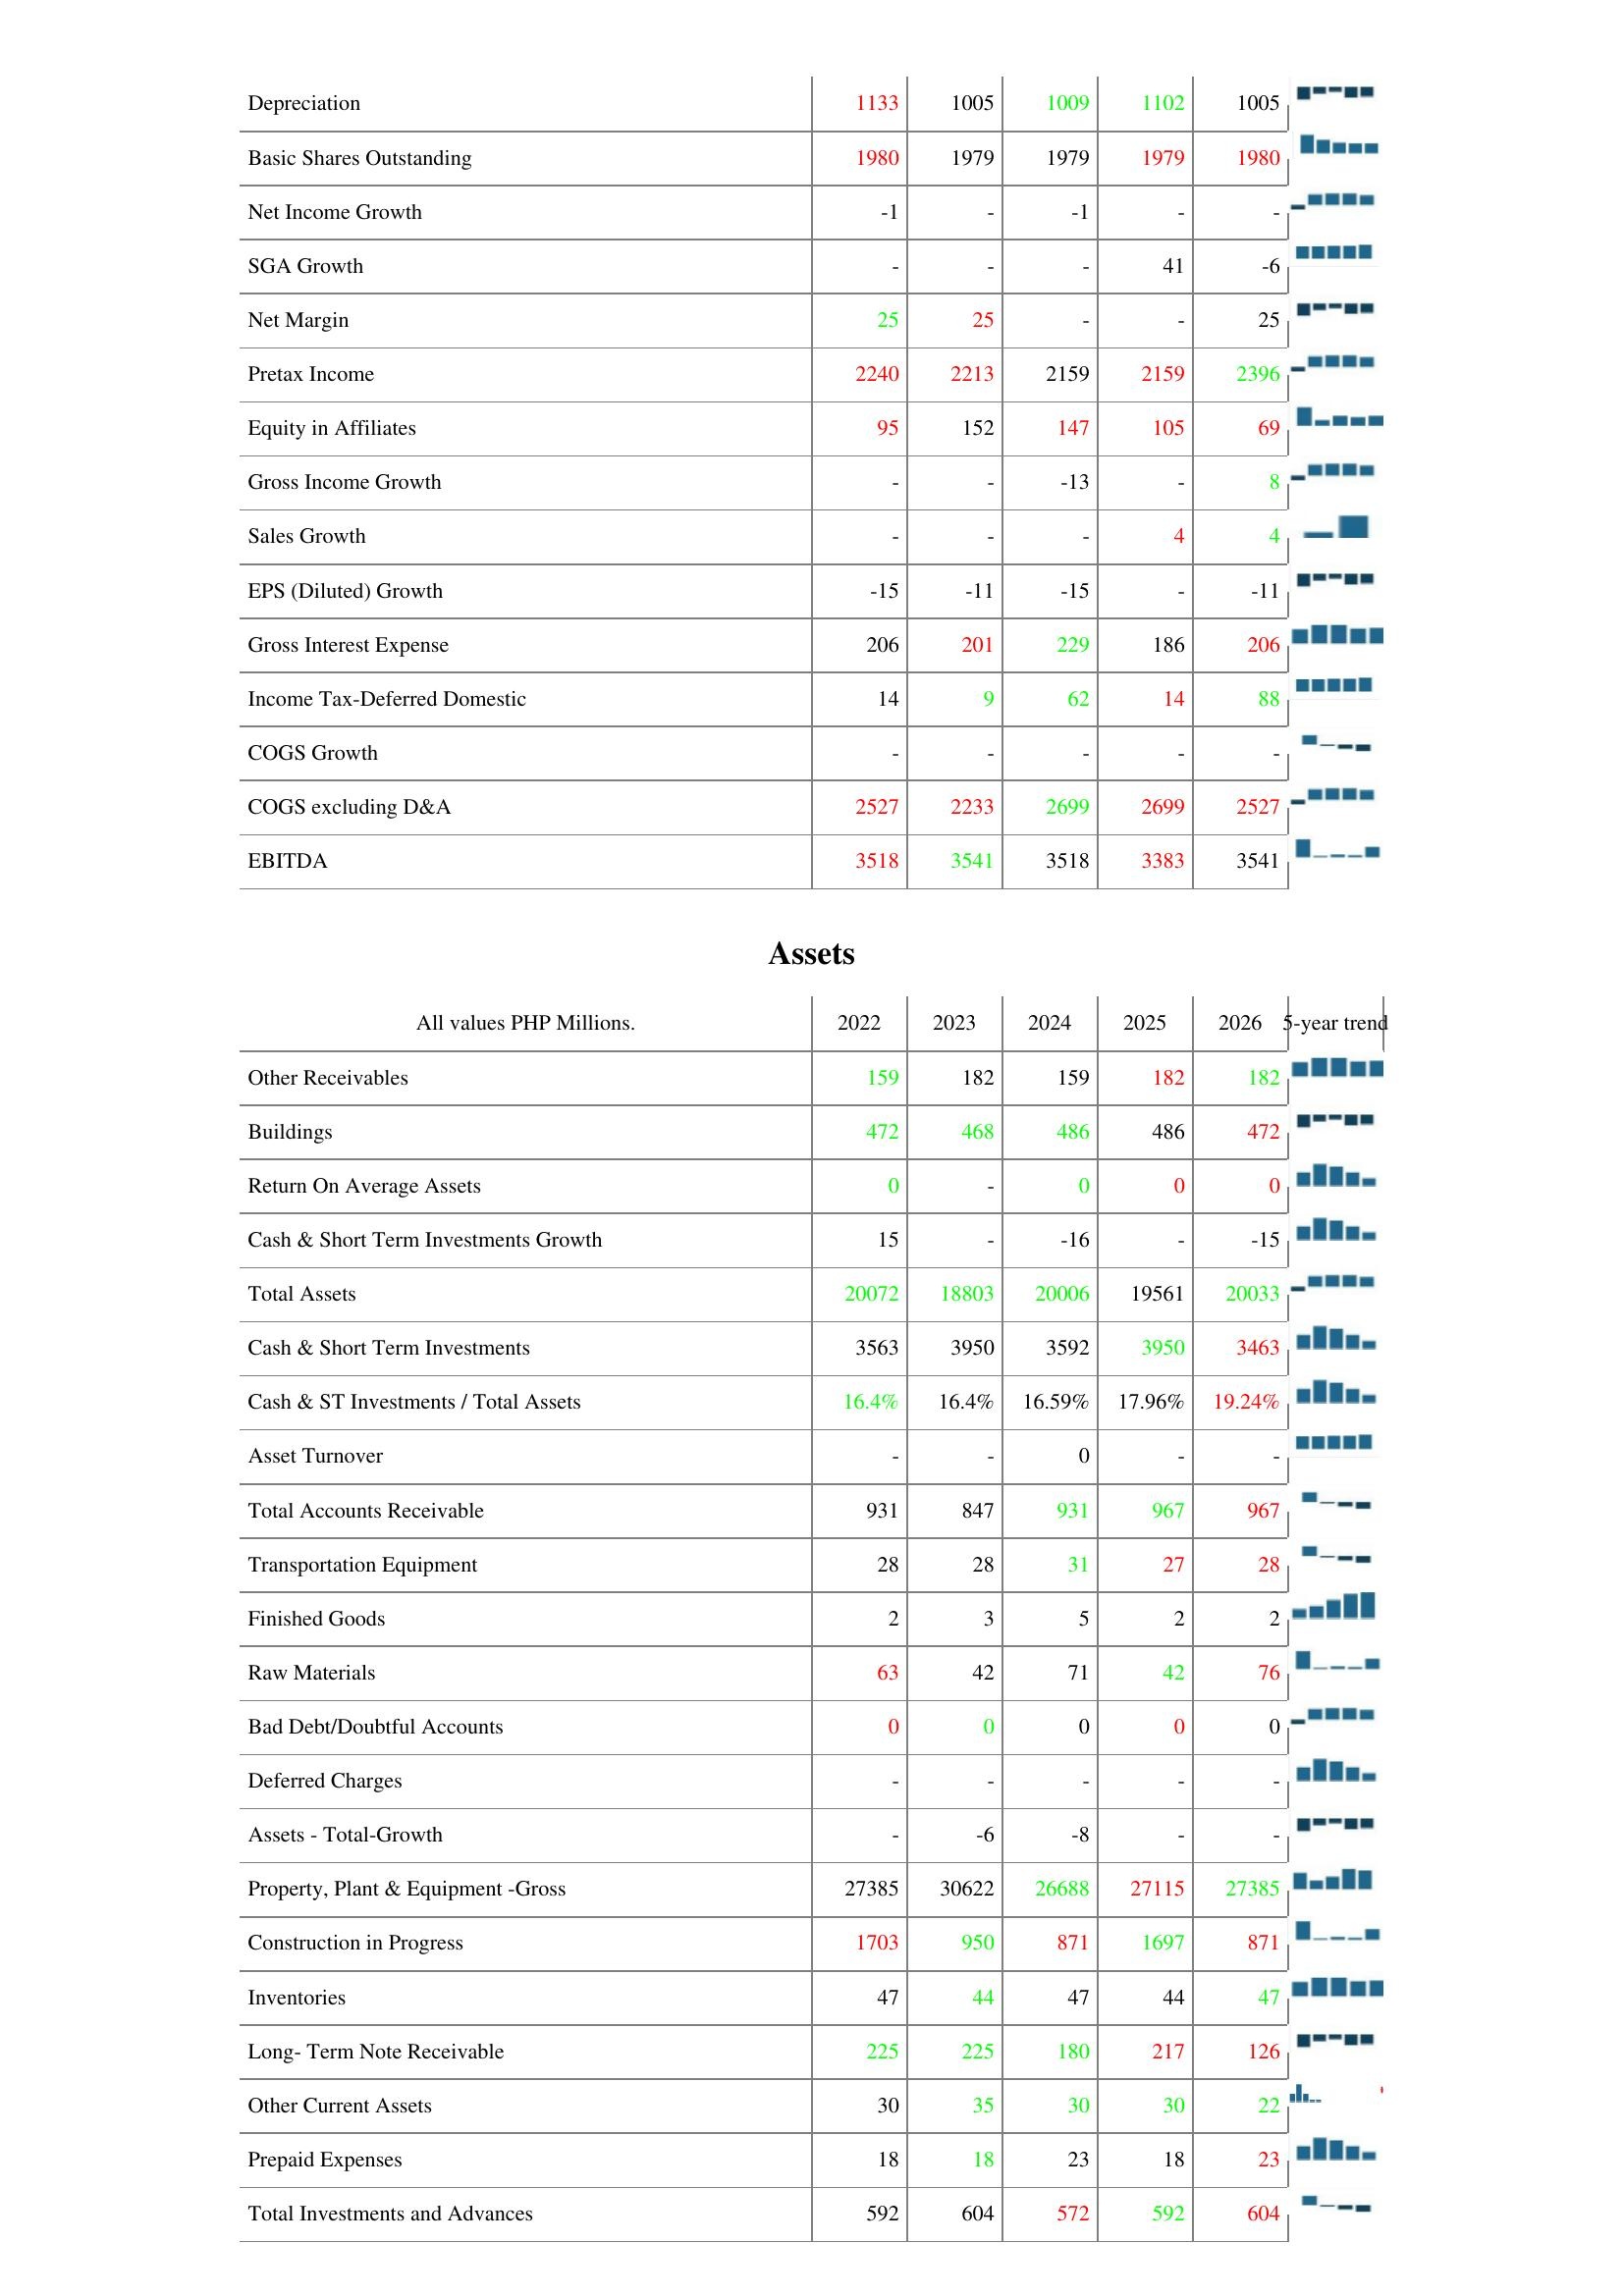
2022: : Depreciation: 1133
Basic Shares Outstanding: 1980
Net Income Growth: -1
SGA Growth: -
Net Margin: 25
Pretax Income: 2240
Equity in Affiliates: 95
Gross Income Growth: -
Sales Growth: -
EPS (Diluted) Growth: -15
Gross Interest Expense: 206
Income Tax-Deferred Domestic: 14
COGS Growth: -
COGS excluding D&A: 2527
EBITDA: 3518
Assets: Other Receivables: 159
Buildings: 472
Return On Average Assets: 0
Cash & Short Term Investments Growth: 15
Total Assets: 20072
Cash & Short Term Investments: 3563
Cash & ST Investments / Total Assets: 16.4%
Asset Turnover: -
Total Accounts Receivable: 931
Transportation Equipment: 28
Finished Goods: 2
Raw Materials: 63
Bad Debt/Doubtful Accounts: 0
Deferred Charges: -
Assets - Total-Growth: -
Property, Plant & Equipment -Gross: 27385
Construction in Progress: 1703
Inventories: 47
Long- Term Note Receivable: 225
Other Current Assets: 30
Prepaid Expenses: 18
Total Investments and Advances: 592
2023: : Depreciation: 1005
Basic Shares Outstanding: 1979
Net Income Growth: -
SGA Growth: -
Net Margin: 25
Pretax Income: 2213
Equity in Affiliates: 152
Gross Income Growth: -
Sales Growth: -
EPS (Diluted) Growth: -11
Gross Interest Expense: 201
Income Tax-Deferred Domestic: 9
COGS Growth: -
COGS excluding D&A: 2233
EBITDA: 3541
Assets: Other Receivables: 182
Buildings: 468
Return On Average Assets: -
Cash & Short Term Investments Growth: -
Total Assets: 18803
Cash & Short Term Investments: 3950
Cash & ST Investments / Total Assets: 16.4%
Asset Turnover: -
Total Accounts Receivable: 847
Transportation Equipment: 28
Finished Goods: 3
Raw Materials: 42
Bad Debt/Doubtful Accounts: 0
Deferred Charges: -
Assets - Total-Growth: -6
Property, Plant & Equipment -Gross: 30622
Construction in Progress: 950
Inventories: 44
Long- Term Note Receivable: 225
Other Current Assets: 35
Prepaid Expenses: 18
Total Investments and Advances: 604
2024: : Depreciation: 1009
Basic Shares Outstanding: 1979
Net Income Growth: -1
SGA Growth: -
Net Margin: -
Pretax Income: 2159
Equity in Affiliates: 147
Gross Income Growth: -13
Sales Growth: -
EPS (Diluted) Growth: -15
Gross Interest Expense: 229
Income Tax-Deferred Domestic: 62
COGS Growth: -
COGS excluding D&A: 2699
EBITDA: 3518
Assets: Other Receivables: 159
Buildings: 486
Return On Average Assets: 0
Cash & Short Term Investments Growth: -16
Total Assets: 20006
Cash & Short Term Investments: 3592
Cash & ST Investments / Total Assets: 16.59%
Asset Turnover: 0
Total Accounts Receivable: 931
Transportation Equipment: 31
Finished Goods: 5
Raw Materials: 71
Bad Debt/Doubtful Accounts: 0
Deferred Charges: -
Assets - Total-Growth: -8
Property, Plant & Equipment -Gross: 26688
Construction in Progress: 871
Inventories: 47
Long- Term Note Receivable: 180
Other Current Assets: 30
Prepaid Expenses: 23
Total Investments and Advances: 572
2025: : Depreciation: 1102
Basic Shares Outstanding: 1979
Net Income Growth: -
SGA Growth: 41
Net Margin: -
Pretax Income: 2159
Equity in Affiliates: 105
Gross Income Growth: -
Sales Growth: 4
EPS (Diluted) Growth: -
Gross Interest Expense: 186
Income Tax-Deferred Domestic: 14
COGS Growth: -
COGS excluding D&A: 2699
EBITDA: 3383
Assets: Other Receivables: 182
Buildings: 486
Return On Average Assets: 0
Cash & Short Term Investments Growth: -
Total Assets: 19561
Cash & Short Term Investments: 3950
Cash & ST Investments / Total Assets: 17.96%
Asset Turnover: -
Total Accounts Receivable: 967
Transportation Equipment: 27
Finished Goods: 2
Raw Materials: 42
Bad Debt/Doubtful Accounts: 0
Deferred Charges: -
Assets - Total-Growth: -
Property, Plant & Equipment -Gross: 27115
Construction in Progress: 1697
Inventories: 44
Long- Term Note Receivable: 217
Other Current Assets: 30
Prepaid Expenses: 18
Total Investments and Advances: 592
2026: : Depreciation: 1005
Basic Shares Outstanding: 1980
Net Income Growth: -
SGA Growth: -6
Net Margin: 25
Pretax Income: 2396
Equity in Affiliates: 69
Gross Income Growth: 8
Sales Growth: 4
EPS (Diluted) Growth: -11
Gross Interest Expense: 206
Income Tax-Deferred Domestic: 88
COGS Growth: -
COGS excluding D&A: 2527
EBITDA: 3541
Assets: Other Receivables: 182
Buildings: 472
Return On Average Assets: 0
Cash & Short Term Investments Growth: -15
Total Assets: 20033
Cash & Short Term Investments: 3463
Cash & ST Investments / Total Assets: 19.24%
Asset Turnover: -
Total Accounts Receivable: 967
Transportation Equipment: 28
Finished Goods: 2
Raw Materials: 76
Bad Debt/Doubtful Accounts: 0
Deferred Charges: -
Assets - Total-Growth: -
Property, Plant & Equipment -Gross: 27385
Construction in Progress: 871
Inventories: 47
Long- Term Note Receivable: 126
Other Current Assets: 22
Prepaid Expenses: 23
Total Investments and Advances: 604